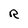
Character: R